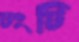
ঢংটি